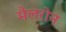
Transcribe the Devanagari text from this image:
मैलरोन